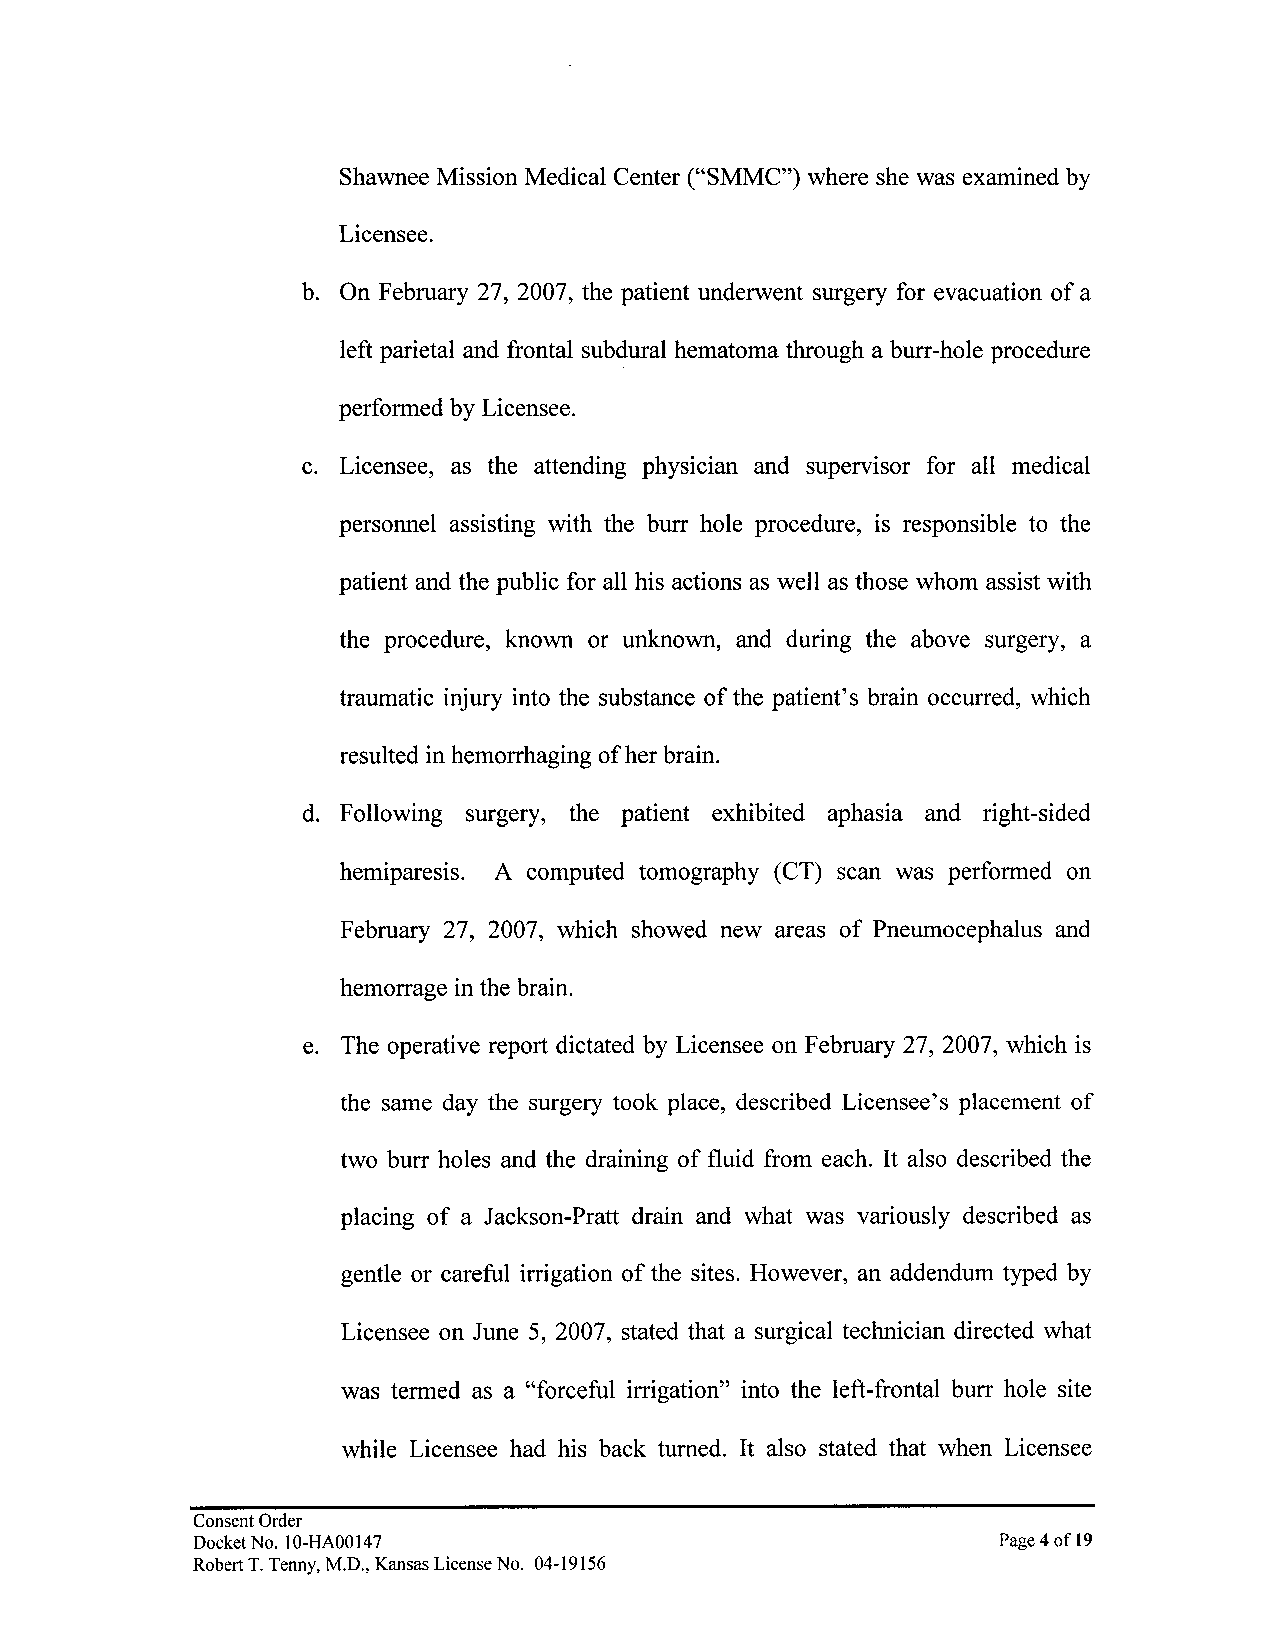
Shawnee Mission Medical Center ("SMMC") where she was examined by
 Licensee.
 b. On February 27, 2007, the patient underwent surgery for evacuation of a
 left parietal and frontal subdural hematoma through a burr-hole procedure
 performed by Licensee.
 c. Licensee, as the attending physician and supervisor for all medical
 personnel assisting with the burr hole procedure, is responsible to the
 patient and the public for all his actions as well as those whom assist with
 the procedure, known or unknown, and during the above surgery, a
 traumatic injury into the substance of the patient's brain occurred, which
 resulted in hemorrhaging of her brain.
 d. Following surgery, the patient exhibited aphasia and right-sided
 hemiparesis. A computed tomography (CT) scan was performed on
 February 27, 2007, which showed new areas of Pneumocephalus and
 hemorrage in the brain.
 e. The operative report dictated by Licensee on February 27, 2007, which is
 the same day the surgery took place, described Licensee's placement of
 two burr holes and the draining of fluid from each. It also described the
 placing of a Jackson-Pratt drain and what was variously described as
 gentle or careful irrigation of the sites. However, an addendum typed by
 Licensee on June 5, 2007, stated that a surgical technician directed what
 was termed as a "forceful irrigation" into the left-frontal burr hole site
 while Licensee had his back turned. It also stated that when Licensee
 Consent Order
 Docket No. I0-HA00147                                Page 4 of 19
 Robert T. Tenny, M.D., Kansas License No. 04-19156